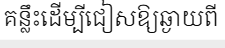
គន្លឹះដើម្បីជៀសឱ្យឆ្ងាយពី